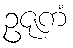
ဥဇုကံ